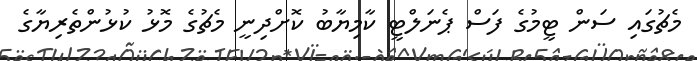
މެޗުގައި ސަން ޓީމުގެ ފަސް ޕެނަލްޓީ ކާމިޔާބު ކޮށްދިނީ މެޗުގެ މޮޅު ކުޅުންތެރިޔާގެ